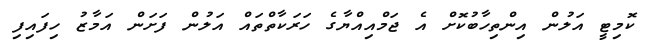
ކޮމިޓީ އަލުން އިންތިހާބުކޮށް އެ ޖަމްއިއްޔާގެ ހަރަކާތްތައް އަލުން ފަށަން އަމާޒު ހިފައިފި